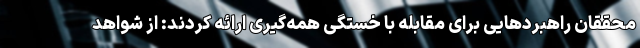
محققان راهبردهایی برای مقابله با خستگی همه‌گیری ارائه کردند: از شواهد